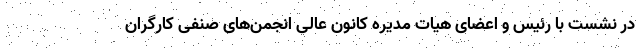
در نشست با رئیس و اعضای هیات مدیره کانون عالی انجمن‌های صنفی کارگران